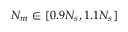
N _ { m } \in [ 0 . 9 N _ { s } , 1 . 1 N _ { s } ]